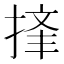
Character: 𪮉